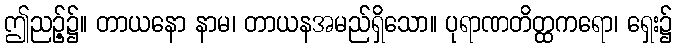
ဤညဉ့်၌။ တာယနော နာမ၊ တာယနအမည်ရှိသော။ ပုရာဏတိတ္ထကရော၊ ရှေး၌